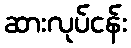
ဆားလုပ်ငန်း